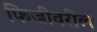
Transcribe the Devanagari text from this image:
फिजीवरील